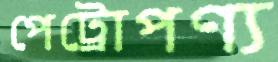
পেট্রোপণ্য